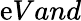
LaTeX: \mathrm{e}Vand